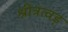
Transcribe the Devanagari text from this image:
श्रीत्रत्वड़